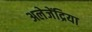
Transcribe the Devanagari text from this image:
अलेजेंद्रिया